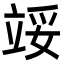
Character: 𬔞